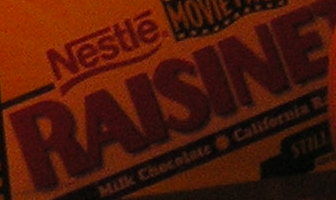
RAISINE